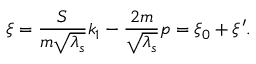
\xi = { \frac { S } { m \sqrt { \lambda _ { s } } } } k _ { 1 } - { \frac { 2 m } { \sqrt { \lambda _ { s } } } } p = \xi _ { 0 } + \xi ^ { \prime } .